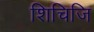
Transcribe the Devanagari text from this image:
शिचिजि